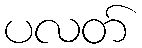
ပလတ်